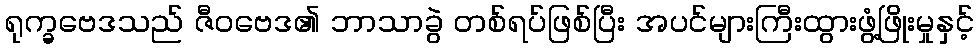
ရုက္ခဗေဒသည် ဇီဝဗေဒ၏ ဘာသာခွဲ တစ်ရပ်ဖြစ်ပြီး အပင်များကြီးထွားဖွံ့ဖြိုးမှုနှင့်